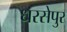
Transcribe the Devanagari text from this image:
धरसेपुर